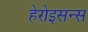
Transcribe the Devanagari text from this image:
हेरोइसन्स